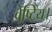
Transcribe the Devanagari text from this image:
वेष्टिय।